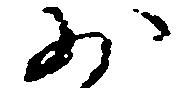
少